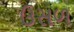
ઉસળ